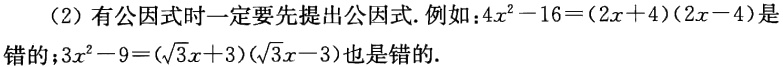
（2）有公因式时一定要先提出公因式.例如：$4x^{2}-16=(2x + 4)(2x - 4)$是错的；$3x^{2}-9=(\sqrt{3}x + 3)(\sqrt{3}x - 3)$也是错的.